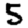
Digit: 5